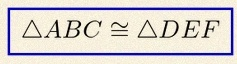
\triangle ABC\cong\triangle DEF